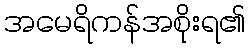
အမေရိကန်အစိုးရ၏